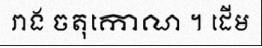
រាង ចតុកោណ ។ ដើម